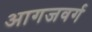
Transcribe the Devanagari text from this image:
आगजवर्ग